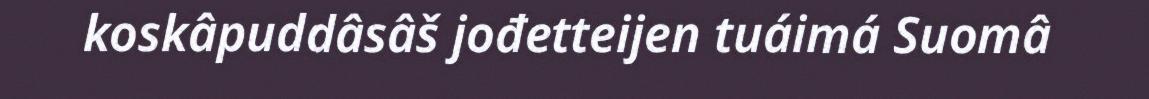
koskâpuddâsâš jođetteijen tuáimá Suomâ